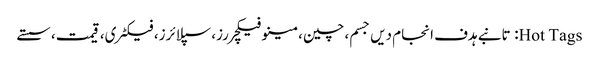
Hot Tags: تانبے ہدف انجام دیں جسم، چین، مینوفیکچررز، سپلائرز، فیکٹری، قیمت، سستے